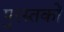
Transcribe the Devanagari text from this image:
पुरस्तकों